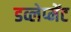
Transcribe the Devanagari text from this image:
डव्लेप्मेंट